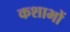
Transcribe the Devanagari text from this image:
कशाभों